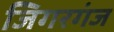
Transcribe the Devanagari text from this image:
जिगरगंज